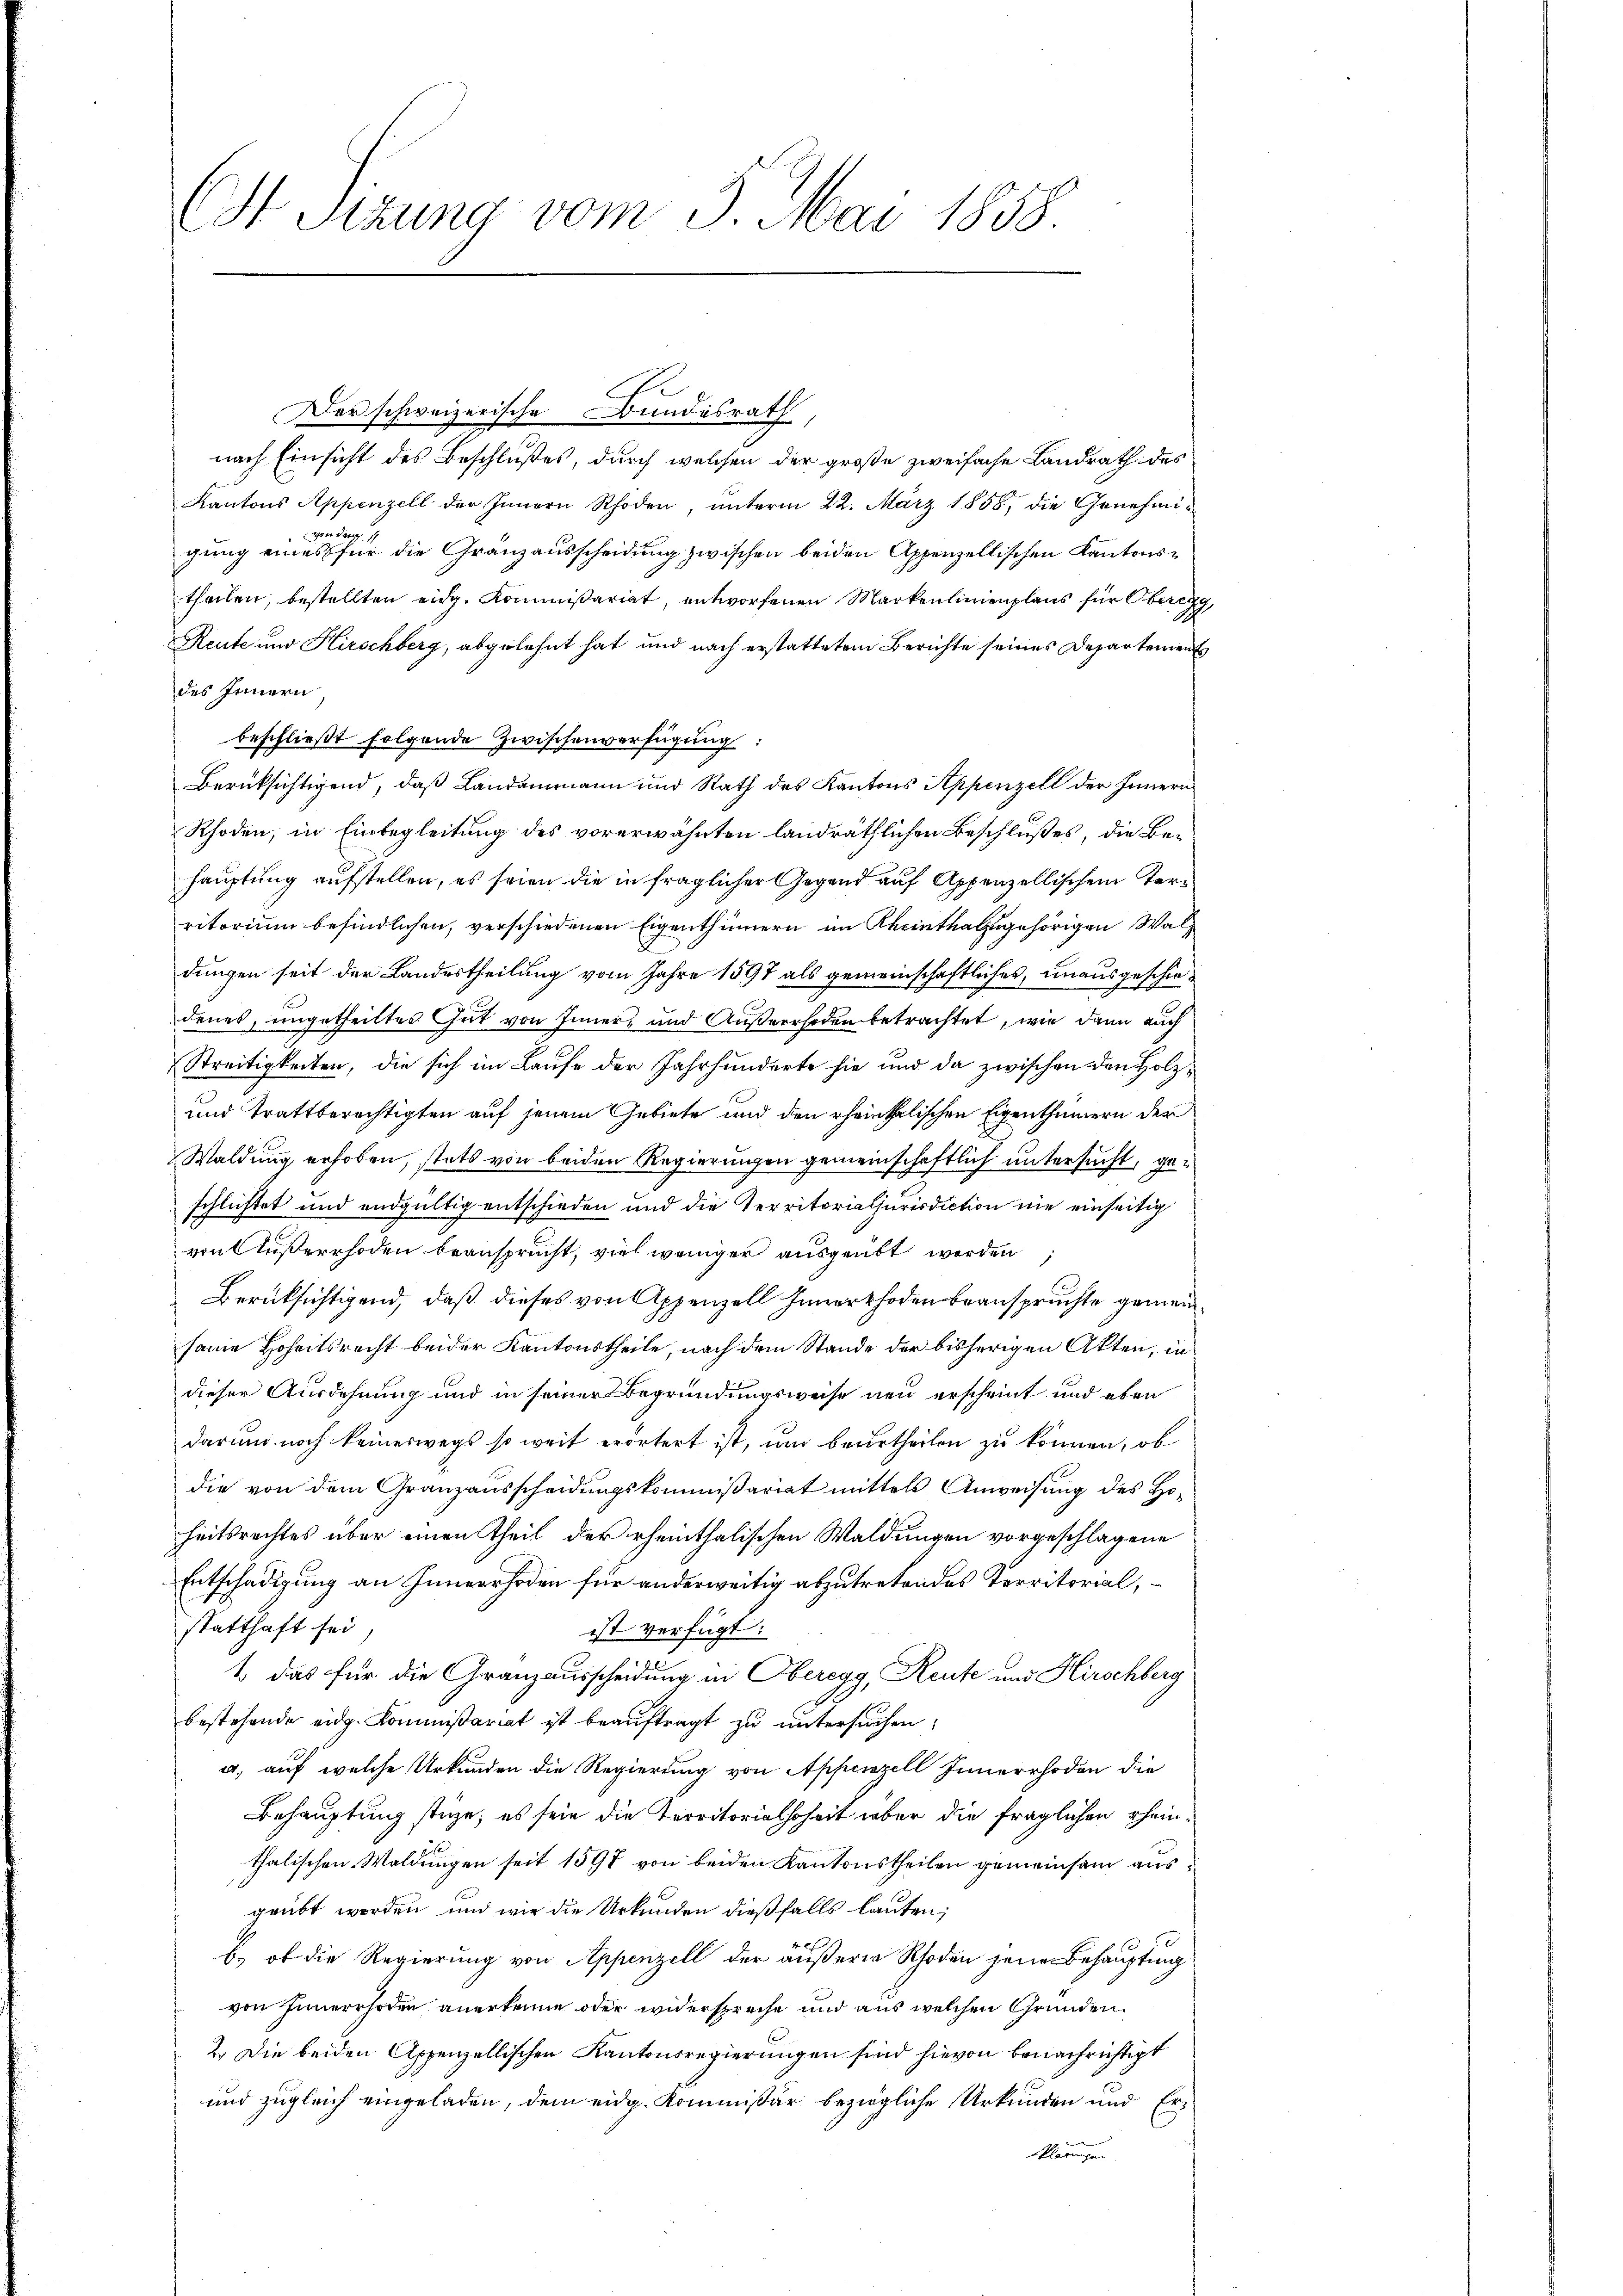
( Sizung vom 5. Mai 1858

nach Einsicht des Beschlußes, durch welchen der große zweifache Landrath des
Kantons Appenzell der Innern Rhoden, unterm 22. März 1858, die Genehmigung eines für die Granzausscheidung zwischen beiden Appenzellischen Kantonstheilen, bestellten eidg. Kommißariat, entworfenen Markenlinienplaus für Oberegg
Reute und Hirschberg, abgelehnt hat und nach erstattetem Berichte seines Departements
des Innern
beschlieβt folgende Zwischenverfügung:
Berüksichtigend, daß Landammann und Rath des Kantons Appenzell der Innern
Rhoden, in Einbegleitung des vorerwähnten landräthlichen Beschlußes, die Behauptung aufstellen, es seien die in fraglicher Gegend auf Appenzellischem Territorium befindlichen, verschiedenen Eigenthümern im Rheinthal zugehörigen Waldungen seit der Landestheilung vom Jahre 1897 als gemeinschaftliches, unausgeschiedenes, ungetheiltes Gut von Inner, und Außerrhoden betrachtet, wie dann auch
Streitigkeiten, die sich im Laufe der Jahrhunderte sie und da zwischen den Holz¬
und trattberechtigten auf jenem Gebiete und den rheinthalischen Eigenthümern der
Waldung erhoben, stets von beiden Regierungen gemeinschaftlich untersucht, geschlichtet und endgültig entschieden und die Territorialjurisdiction nie einseitig
von Außerrhoden beansprucht, viel weniger ausgeübt worden
Berücksichtigend, daß dieses von Appenzell Innerthoden beanspruchte gemeinseine Hoheitsrecht beider Kantonstheile, nach dem Stande der bisherigen Akten, in
dieser Ausdehnung und in seiner Begründungsweise neu erscheint und eben
darum noch keineswegs so weit erörtert ist, und beurtheilen zu können, ob
die von dem Granzausscheidungskommißariat mittels Anweisung des Hoheitsrechtes über einen Theil der rheinthalischen Waldungen vorgeschlagene
Entschädigung an Innerrhoden für anderweitig abzutretendes Territorial,
statthaft sei
ist verfügt:
1. das für die Granzausscheidung in Oberegg, Reute und Hirschberg
bestehende eidg. Kommißariat ist beauftragt zu untersuchen;
a, auf welche Urkunden die Regierung von Appenzell Innerrhoden die
Behauptung stüze, es sein die Territorialhoheit über die fraglichen Rheinthalischen Waldungen seit 1597 von beiden Kantonstheilen gemeinsam ausgeübt worden und wie die Urkunden dießfalls lauten;
4 E
b.) ob die Regierung von Appenzell der äußerer Rhoden jene Behauptung
von Innerrhoden anerkenne oder widerspreche und aus welchen Gründen.
2.) Die beiden Appenzellischen Kantonsregierungen sind hievon benachrichtigt
und zugleich eingeladen, dem eidg. Kommissär bezügliche Urkunden und Erklärungen

Der schweizerische Bundesrath